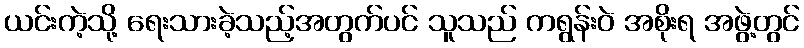
ယင်းကဲ့သို့ ရေးသားခဲ့သည့်အတွက်ပင် သူသည် ကရွန်းဝဲ အစိုးရ အဖွဲ့တွင်